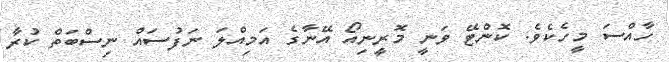
ހާއްސަ މީހެކެވެ. ކޮންޓޭ ވަނީ މޮރީނިއޯ އޭނާގެ އަމިއްލަ ނަފުސައް ނިސްބަތް ކުރާ